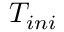
T _ { i n i }